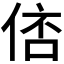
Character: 𠊑